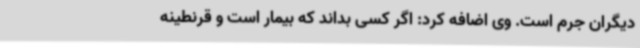
دیگران جرم است. وی اضافه کرد: اگر کسی بداند که بیمار است و قرنطینه